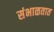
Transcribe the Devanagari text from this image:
संभाळतात